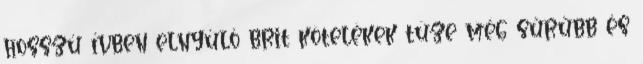
hosszú ívben elnyúló brit kötelékek tüze még sűrűbb és